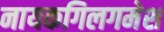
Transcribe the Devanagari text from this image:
नायकगिलगमेश